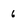
Character: 6